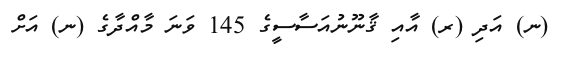
(ނ) އަދި (ރ) އާއި ޤާނޫނުއަސާސީގެ 145 ވަނަ މާއްދާގެ (ނ) އަށް